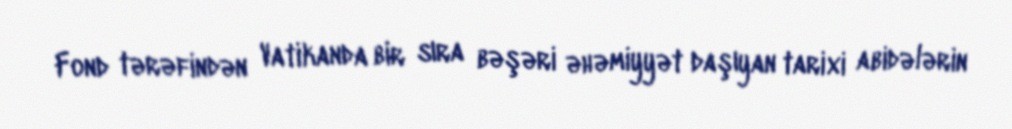
Fond tərəfindən Vatikanda bir sıra bəşəri əhəmiyyət daşıyan tarixi abidələrin